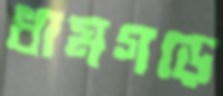
ধামগড়ে